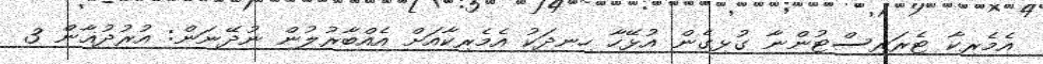
އެމެރިކާ ޓެރަރިސްޓުންނާ ގުޅިގެން އުޅޭހާ ހިނދަކު އެމެރިކާއަށް އެއްބާރުލުން ނުދޭނަން: އުރުދުޣާން 3